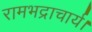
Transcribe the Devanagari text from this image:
रामभद्राचार्य।